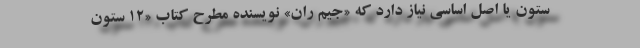
ستون یا اصل اساسی نیاز دارد که «جیم ران» نویسنده مطرح کتاب «12 ستون